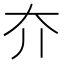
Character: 夰